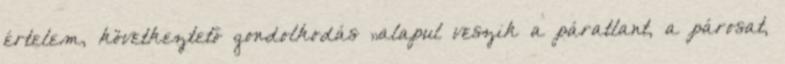
értelem, következtető gondolkodás „alapul veszik a páratlant, a párosat,